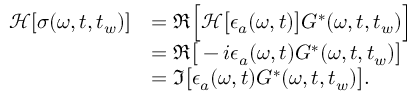
\begin{array} { r l } { \mathcal { H } [ \sigma ( \omega , t , t _ { w } ) ] } & { = \Re \Big [ \mathcal { H } \big [ \epsilon _ { a } ( \omega , t ) \big ] { G } ^ { * } ( \omega , t , t _ { w } ) \Big ] } \\ & { = \Re \big [ - i \epsilon _ { a } ( \omega , t ) { G } ^ { * } ( \omega , t , t _ { w } ) \big ] } \\ & { = \Im \big [ \epsilon _ { a } ( \omega , t ) { G } ^ { * } ( \omega , t , t _ { w } ) \big ] . } \end{array}